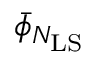
\bar { { \phi } } _ { N _ { \mathrm { L S } } }